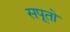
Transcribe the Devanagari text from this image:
सपूतो